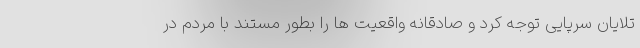
تلایان سرپایی توجه کرد و صادقانه واقعیت ها را بطور مستند با مردم در